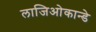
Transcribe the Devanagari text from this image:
लाजिओकान्डे